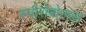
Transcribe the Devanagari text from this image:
स्पोरोबोलस